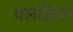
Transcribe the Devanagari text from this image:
वलञ्चियर